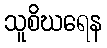
သူစိဃရေန